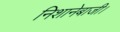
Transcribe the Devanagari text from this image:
निशानेबाजी।